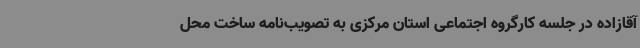
آقازاده در جلسه کارگروه اجتماعی استان مرکزی به تصویب‌نامه ساخت محل